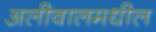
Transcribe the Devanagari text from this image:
अलीवालमधील